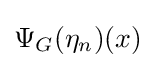
\Psi _{G}(\eta _{n})(x)